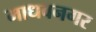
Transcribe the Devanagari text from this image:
माधवनगर